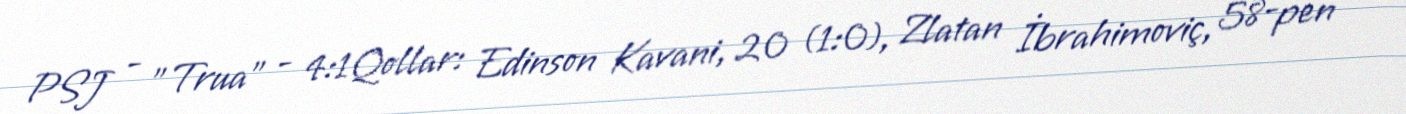
PSJ - "Trua" - 4:1Qollar: Edinson Kavani, 20 (1:0), Zlatan İbrahimoviç, 58-pen